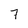
Character: 7